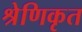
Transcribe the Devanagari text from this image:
श्रेणिकृत